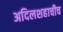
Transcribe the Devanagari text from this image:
अदिलशहाचीच